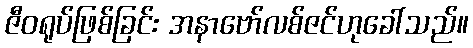
ဇီဝရုပ်ဖြစ်ခြင်း အနာဗော်လစ်ဇင်ဟုခေါ်သည်။